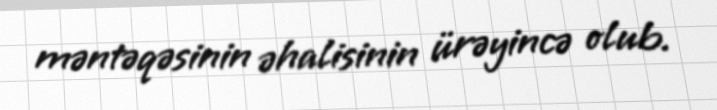
məntəqəsinin əhalisinin ürəyincə olub.